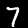
Digit: 7